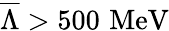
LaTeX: \overline{{{\Lambda}}}>500\, \, \mathrm{MeV}